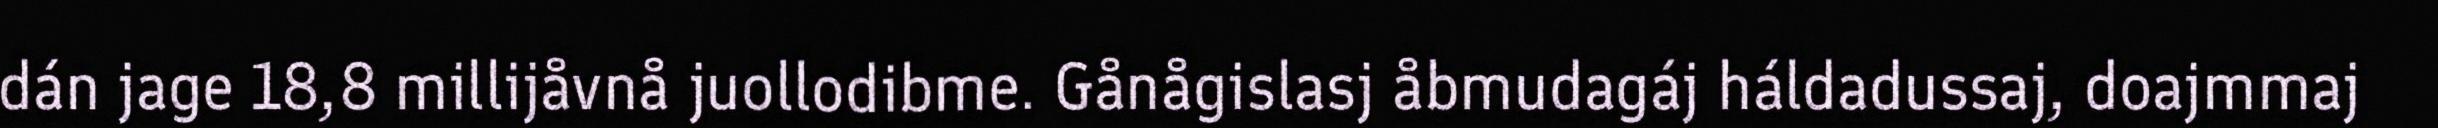
dán jage 18,8 millijåvnå juollodibme. Gånågislasj åbmudagáj háldadussaj, doajmmaj